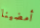
أمضينا